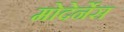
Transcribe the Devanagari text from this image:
मोदेर्नेस